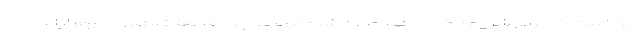
این است که برای شروع یک زندگی جدید شما تنها به چند قطعه اساسی از وسایل